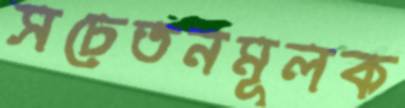
সচেতনমূলক